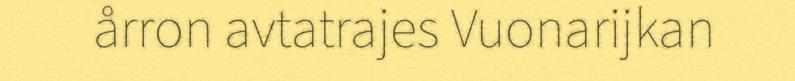
årron avtatrajes Vuonarijkan